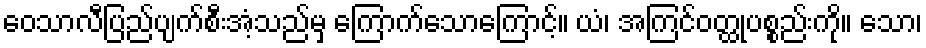
ဝေသာလီပြည်ပျက်စီးအံ့သည်မှ ကြောက်သောကြောင့်။ ယံ၊ အကြင်ဝတ္ထုပစ္စည်းကို။ သော၊